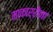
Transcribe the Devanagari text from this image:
माकार्रोना